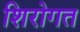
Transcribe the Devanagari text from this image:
शिरोगत